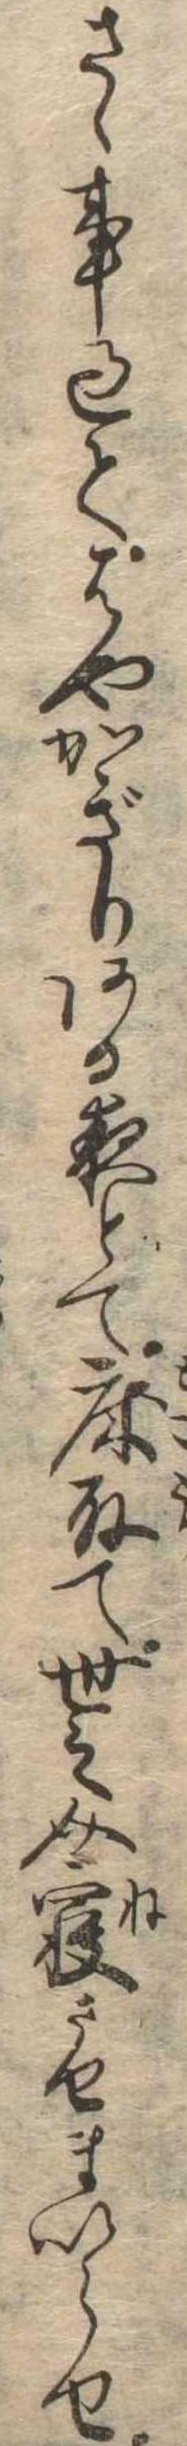
さゝ事過てはやかぎりある夜とて床取て世之介寝させまいらせ